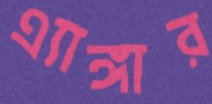
এ্যাঙ্গার